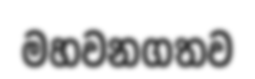
මහවනගතව